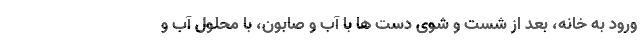
ورود به خانه، بعد از شست و شوی دست ها با آب و صابون، با محلول آب و